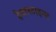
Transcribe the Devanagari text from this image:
हैमरस्टाइन्स